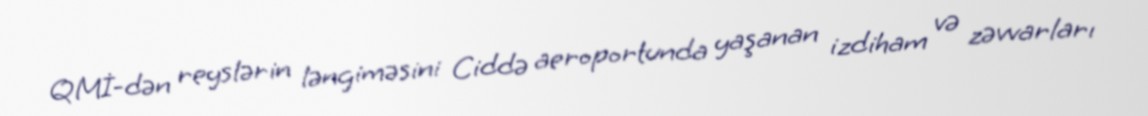
QMİ-dən reyslərin ləngiməsini Ciddə aeroportunda yaşanan izdiham və zəvvarları